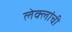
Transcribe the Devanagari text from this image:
लेक्लांची